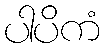
ပါပိကံ